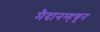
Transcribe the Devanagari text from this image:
मैदानम्हणून